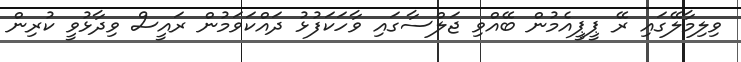
ވިލިމާލޭގައި ރޭ ޕީޕީއެމުން ބޭއްވި ޖަލްސާގައި ވާހަކަފުޅު ދައްކަވަމުން ރައީސް ވިދާޅުވީ ކުރިން